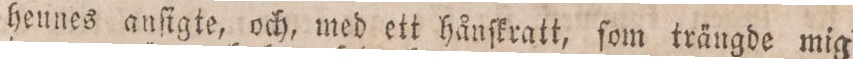
heunes anſigte, och, med ett hånſkratt, ſom trängde mig